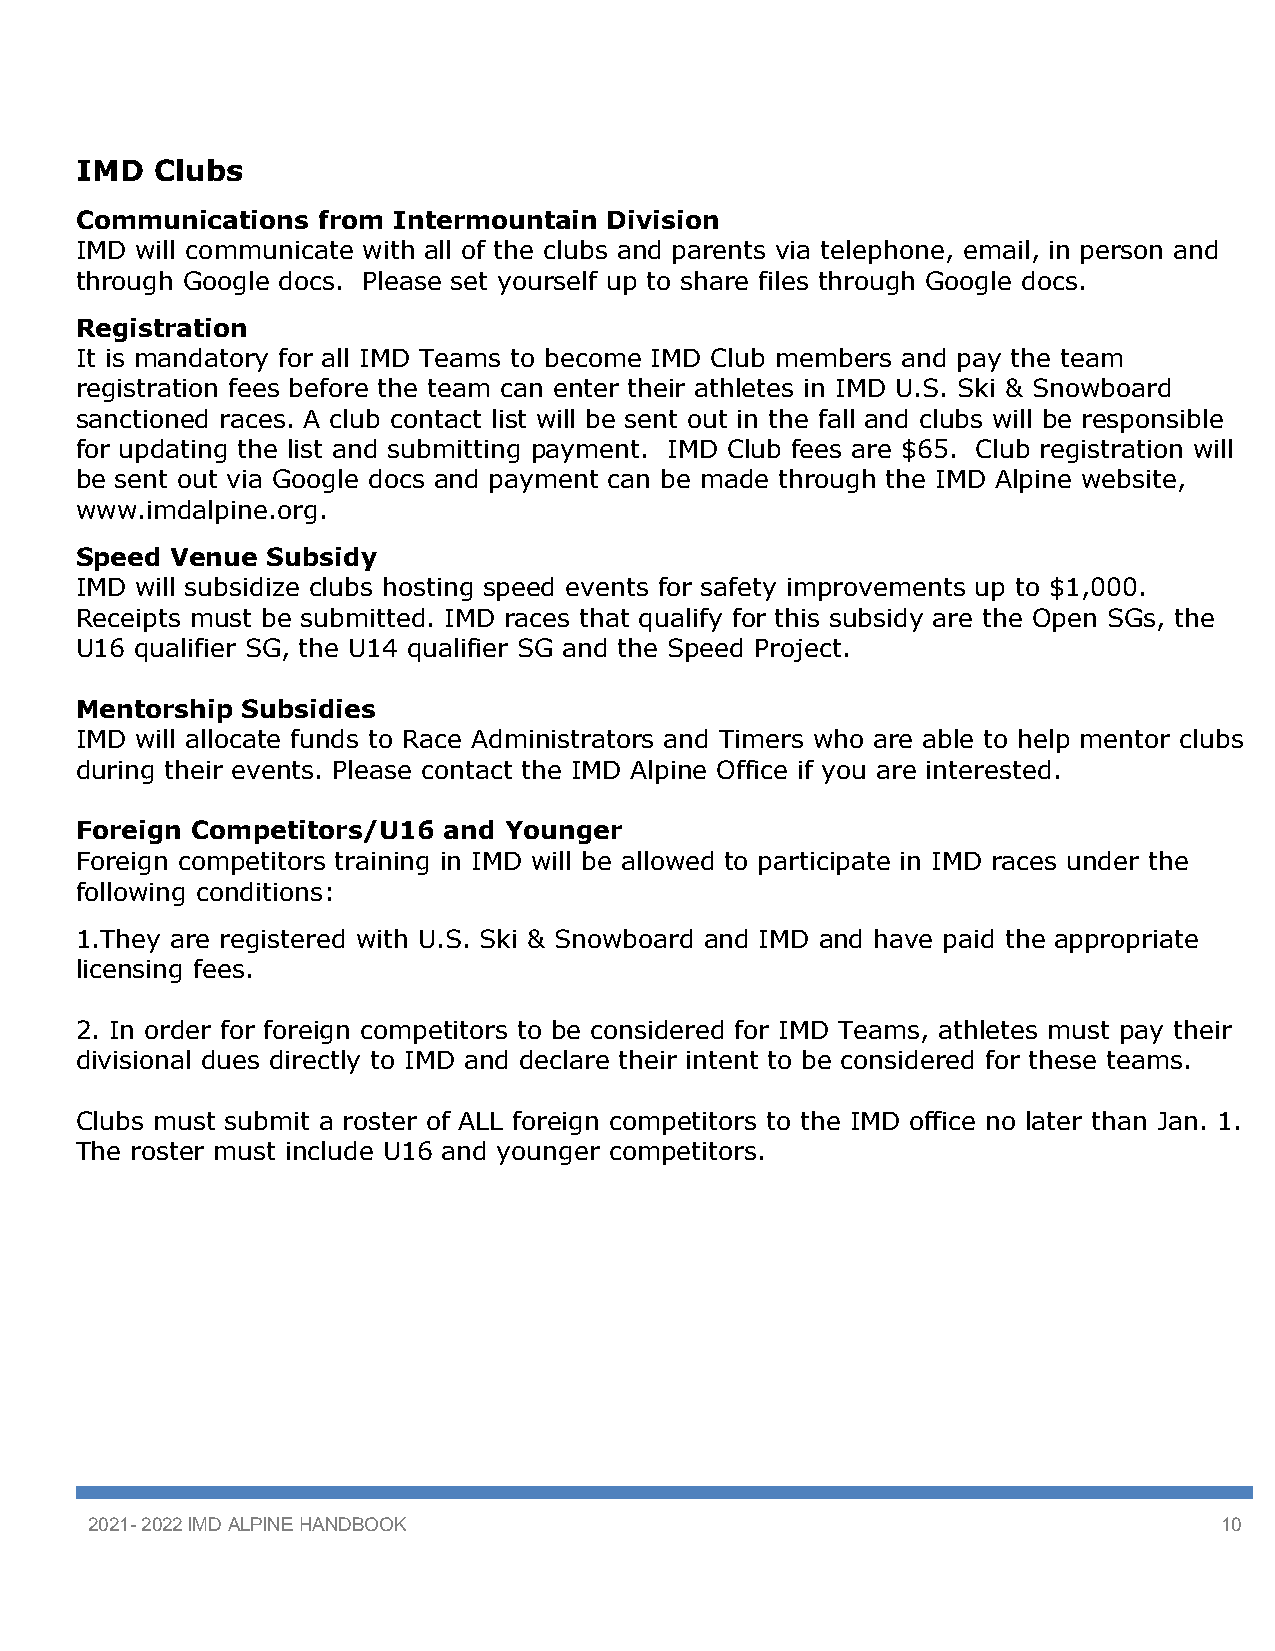
IMD  Clubs
 Communications  from Intermountain Division
 IMD will communicate with all of the clubs and parents via telephone, email, in person and
 through Google docs. Please set yourself up to share files through Google docs.
 Registration
 It is mandatory for all IMD Teams to become IMD Club members and pay the team
 registration fees before the team can enter their athletes in IMD U.S. Ski & Snowboard
 sanctioned races. A club contact list will be sent out in the fall and clubs will be responsible
 for updating the list and submitting payment. IMD Club fees are $65. Club registration will
 be sent out via Google docs and payment can be made through the IMD Alpine website,
 www.imdalpine.org.
 Speed Venue  Subsidy
 IMD will subsidize clubs hosting speed events for safety improvements up to $1,000.
 Receipts must be submitted. IMD races that qualify for this subsidy are the Open SGs, the
 U16 qualifier SG, the U14 qualifier SG and the Speed Project.
 Mentorship Subsidies
 IMD will allocate funds to Race Administrators and Timers who are able to help mentor clubs
 during their events. Please contact the IMD Alpine Office if you are interested.
 Foreign Competitors/U16 and Younger
 Foreign competitors training in IMD will be allowed to participate in IMD races under the
 following conditions:
 1.They are registered with U.S. Ski & Snowboard and IMD and have paid the appropriate
 licensing fees.
 2. In order for foreign competitors to be considered for IMD Teams, athletes must pay their
 divisional dues directly to IMD and declare their intent to be considered for these teams.
 Clubs must submit a roster of ALL foreign competitors to the IMD office no later than Jan. 1.
 The roster must include U16 and younger competitors.
 2021- 2022 IMD ALPINE HANDBOOK                                             10